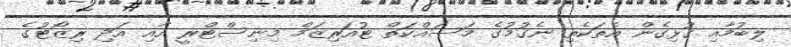
ލިބުމާއި ގުޅިގެން އެތަކެތި ނެގުމުގެ މަސައްކަތް ޓުއަރިޒަމް މިނިސްޓްރީ އާއި އަދި ރިޒޯޓުގެ